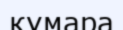
құмара